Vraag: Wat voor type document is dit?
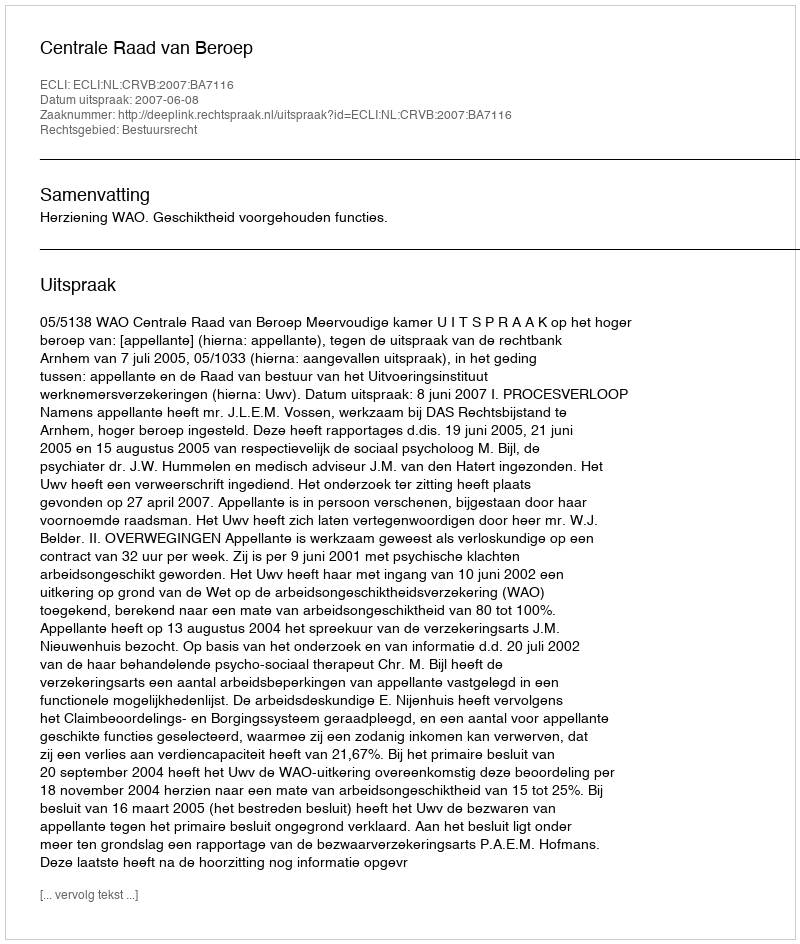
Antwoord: Uitspraak